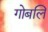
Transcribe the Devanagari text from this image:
गोबलि